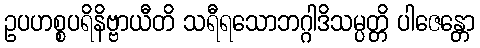
ဥပဟစ္စပရိနိဗ္ဗာယီတိ သရီရသောဘဂ္ဂါဒိသမ္ပတ္တိ ပါဇေန္တော